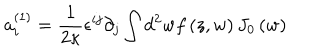
a _ { i } ^ { \left( 1 \right) } = \frac { 1 } { 2 \kappa } \epsilon ^ { i j } \partial _ { j } \int d ^ { 2 } w f \left( z , w \right) J _ { 0 } \left( w \right)